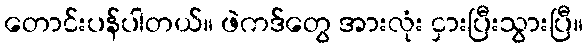
တောင်းပန်ပါတယ်။ ဖဲကဒ်တွေ အားလုံး ငှားပြီးသွားပြီ။